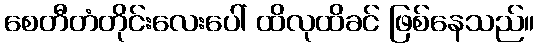
စေတီတံတိုင်းလေးပေါ် ထိလုထိခင် ဖြစ်နေသည်။